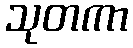
သုတကာ